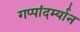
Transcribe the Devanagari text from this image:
गप्पांदर्म्यान